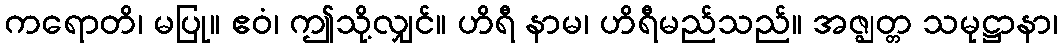
ကရောတိ၊ မပြု။ ဧဝံ၊ ဤသို့လျှင်။ ဟိရီ နာမ၊ ဟိရီမည်သည်။ အဇ္ဈတ္တ သမုဋ္ဌာနာ၊